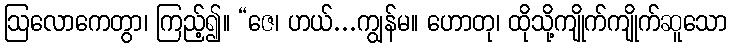
ဩလောကေတွာ၊ ကြည့်၍။ “ဇေ၊ ဟယ်...ကျွန်မ။ ဟောတု၊ ထိုသို့ကျိုက်ကျိုက်ဆူသော